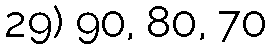
29) 90, 80, 70